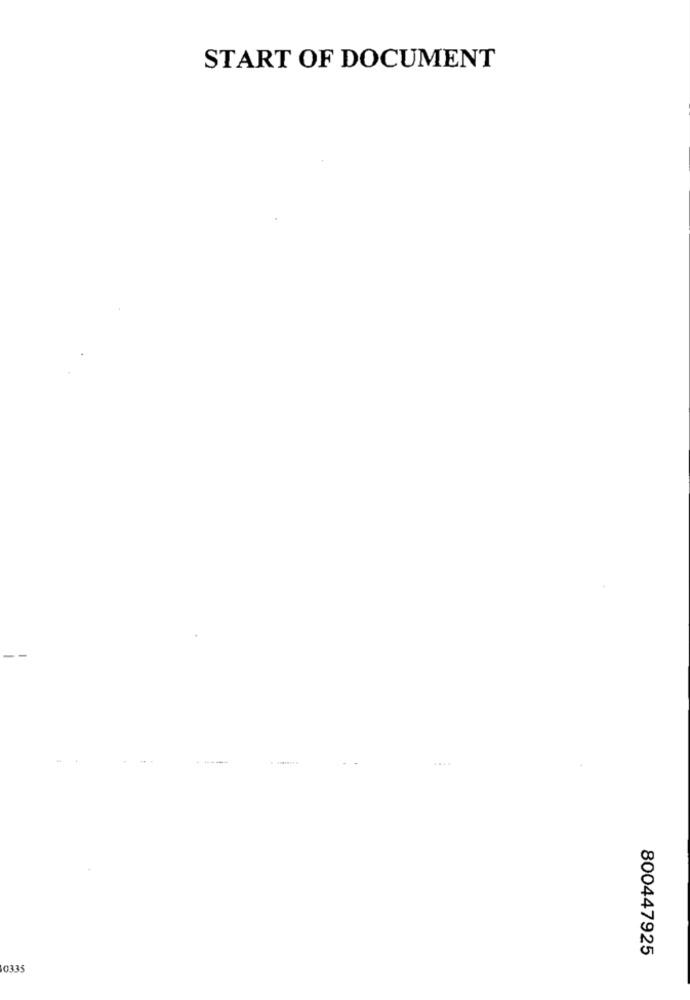
START OF DOCUMENT
- ----
800447925
10335